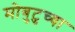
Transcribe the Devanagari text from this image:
मोबुटुच्या